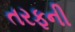
તરફની